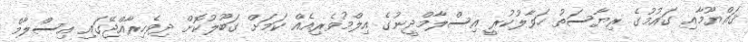
ޤައްޔޫމާއި ގައުމުގެ ރިޔާސަތު ހަވާލުކުރީ އިސްލާމްދީނުގެ އިލްމުވެރިއެއް ކަމަށް ގަބޫލުކޮށް ދިވެހިރާއްޖޭގައި އިސްލާމް